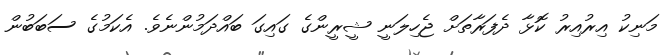
މަނިކު އިރުއިރު ކޮޅާ ދެފަރާތަށް ޖެހިލަނީ ޝީރީންގެ ގައިގަ ބައްދަމުންނެވެ. އެކަމުގެ ސަބަބުން